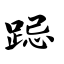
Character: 跽